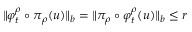
\Vert \varphi _ { t } ^ { \rho } \circ \pi _ { \rho } ( u ) \Vert _ { b } = \Vert \pi _ { \rho } \circ \varphi _ { t } ^ { \rho } ( u ) \Vert _ { b } \leq r